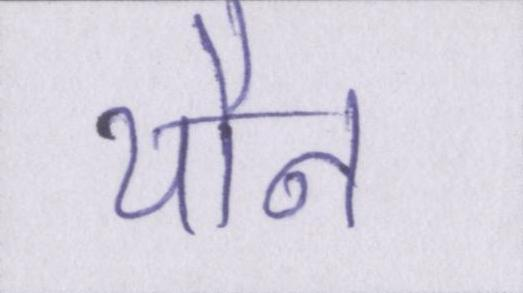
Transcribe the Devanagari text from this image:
यौन